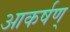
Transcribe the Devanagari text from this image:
आकर्षण्